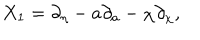
X _ { 1 } = \partial _ { \eta } - a \partial _ { a } - \chi \partial _ { \chi } ,